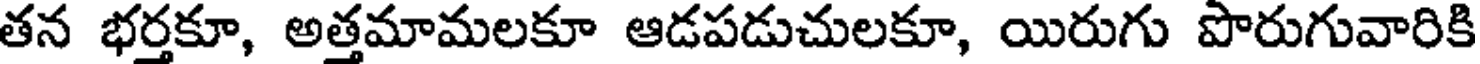
తన భర్తకూ, అత్తమామలకూ ఆడపడుచులకూ, యిరుగు పొరుగువారికి